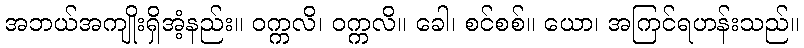
အဘယ်အကျိုးရှိအံ့နည်း။ ဝက္ကလိ၊ ဝက္ကလိ။ ခေါ၊ စင်စစ်။ ယော၊ အကြင်ရဟန်းသည်။